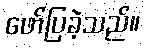
ဖော်ပြခဲ့သည်။